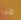
من